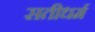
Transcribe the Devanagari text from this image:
सतीधर्म